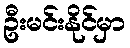
ဦးမင်းနိုင်မှာ